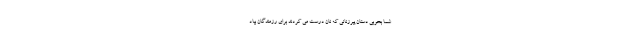
شما بخوبی دستان پیرزنانی که نان درست می کردند برای رزمندگان بیاد